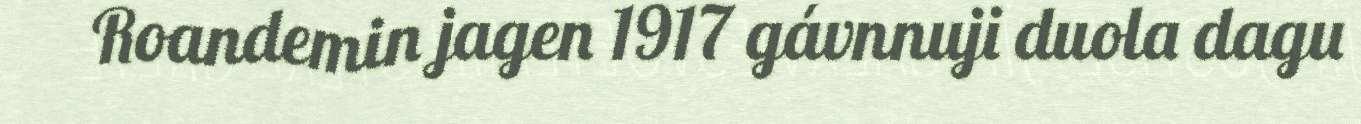
Roandemin jagen 1917 gávnnuji duola dagu